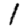
Digit: 1